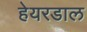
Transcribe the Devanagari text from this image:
हेयरडाल